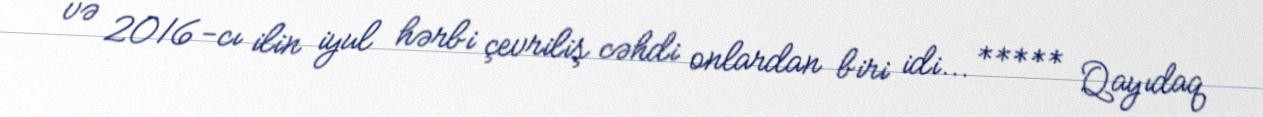
və 2016-cı ilin iyul hərbi çevriliş cəhdi onlardan biri idi... ***** Qayıdaq